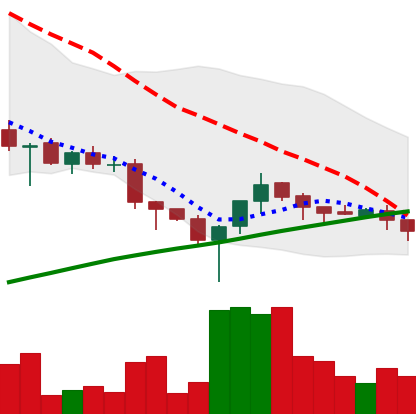
Ticker: XLM-USD
Chart end date: 2018-03-27
Forward return: -4.375%
Label: down_3_5